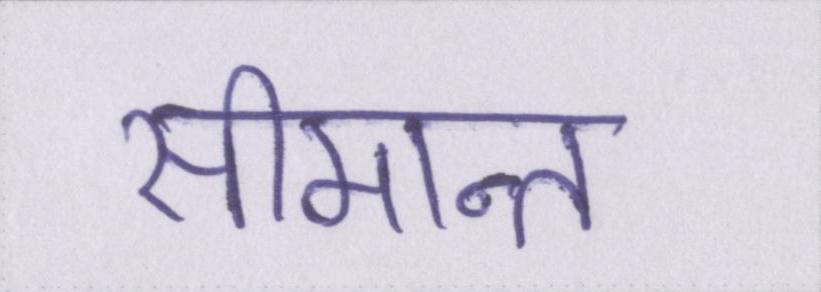
सीमान्त